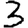
Digit: 3